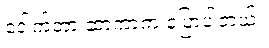
ဒေါက်တာ ဆာကာက ပြောပါတယ်။